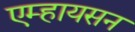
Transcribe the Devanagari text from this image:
एम्हायसन